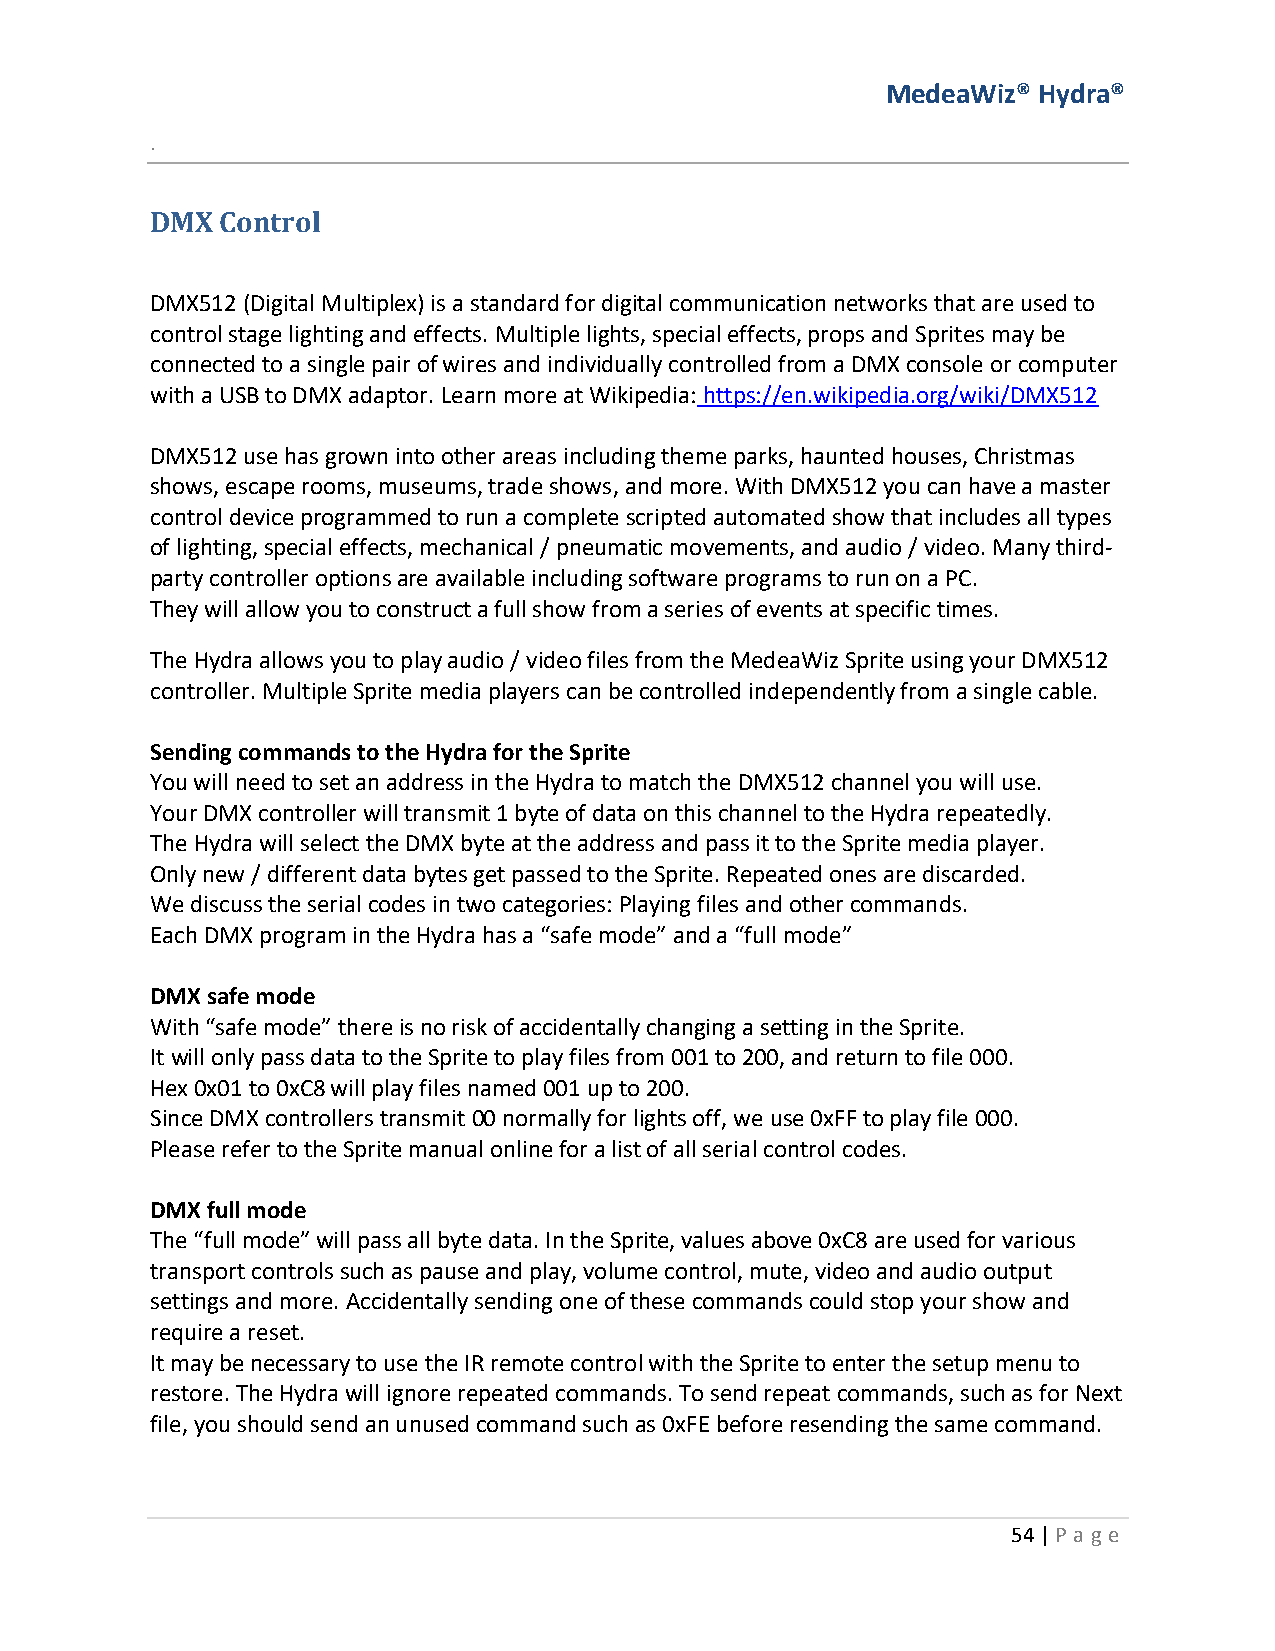
MedeaWiz® Hydra®
 .
 DMX  Control
 DMX512 (Digital Multiplex) is a standard for digital communication networks that are used to
 control stage lighting and effects. Multiple lights, special effects, props and Sprites may be
 connected to a single pair of wires and individually controlled from a DMX console or computer
 with a USB to DMX adaptor. Learn more at Wikipedia: https://en.wikipedia.org/wiki/DMX512
 DMX512 use has grown into other areas including theme parks, haunted houses, Christmas
 shows, escape rooms, museums, trade shows, and more. With DMX512 you can have a master
 control device programmed to run a complete scripted automated show that includes all types
 of lighting, special effects, mechanical / pneumatic movements, and audio / video. Many third-
 party controller options are available including software programs to run on a PC.
 They will allow you to construct a full show from a series of events at specific times.
 The Hydra allows you to play audio / video files from the MedeaWiz Sprite using your DMX512
 controller. Multiple Sprite media players can be controlled independently from a single cable.
 Sending commands to the Hydra for the Sprite
 You will need to set an address in the Hydra to match the DMX512 channel you will use.
 Your DMX controller will transmit 1 byte of data on this channel to the Hydra repeatedly.
 The Hydra will select the DMX byte at the address and pass it to the Sprite media player.
 Only new / different data bytes get passed to the Sprite. Repeated ones are discarded.
 We discuss the serial codes in two categories: Playing files and other commands.
 Each DMX program in the Hydra has a “safe mode” and a “full mode”
 DMX safe mode
 With “safe mode” there is no risk of accidentally changing a setting in the Sprite.
 It will only pass data to the Sprite to play files from 001 to 200, and return to file 000.
 Hex 0x01 to 0xC8 will play files named 001 up to 200.
 Since DMX controllers transmit 00 normally for lights off, we use 0xFF to play file 000.
 Please refer to the Sprite manual online for a list of all serial control codes.
 DMX full mode
 The “full mode” will pass all byte data. In the Sprite, values above 0xC8 are used for various
 transport controls such as pause and play, volume control, mute, video and audio output
 settings and more. Accidentally sending one of these commands could stop your show and
 require a reset.
 It may be necessary to use the IR remote control with the Sprite to enter the setup menu to
 restore. The Hydra will ignore repeated commands. To send repeat commands, such as for Next
 file, you should send an unused command such as 0xFE before resending the same command.
 54 | P age